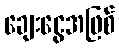
ချေးငွေအဖြစ်